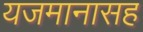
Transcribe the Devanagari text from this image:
यजमानासह